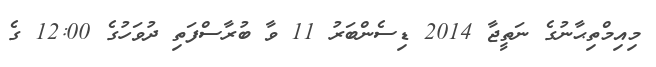
މިއިމްތިޙާނުގެ ނަތީޖާ 2014 ޑިސެންބަރު 11 ވާ ބުރާސްފަތި ދުވަހުގެ 12:00 ގެ